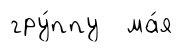
гру́ппу ма́я